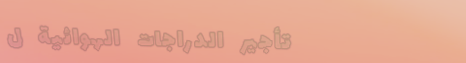
تأجير الدراجات الهوائية ل